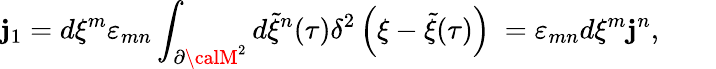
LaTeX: \mathbf{j}_{1}=d\xi^{m}\varepsilon_{mn}\int_{\partial{\calM}^{2}}d{\tilde{{\xi}}}^{n}(\tau)\delta^{2}\left(\xi-{\tilde{{\xi}}}(\tau)\right)~=\varepsilon_{mn}d\xi^{m}\mathbf{j}^{n},\qquad